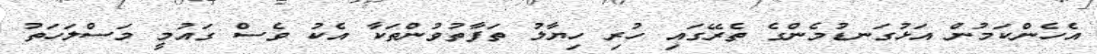
އެހެންކަމުން އަޅުގަނޑުމެންގެ ތެރޭގައި ހުރި ހިޔާލު ތަފާތުވުންތަކާ އެކު ވެސް ގައުމީ މަސްލަހަތު